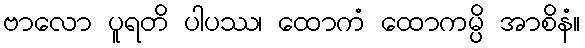
ဗာလော ပူရတိ ပါပဿ၊ ထောကံ ထောကမ္ပိ အာစိနံ။